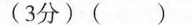
(3分)( )